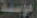
مؤسسة